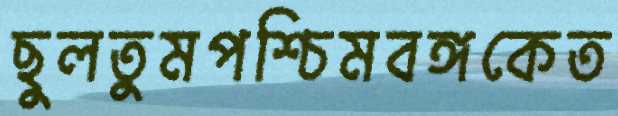
ছুলতুমপশ্চিমবঙ্গকেত